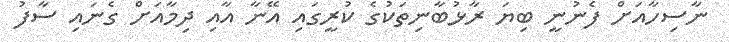
ނާސިހާއަށް ފެނުނީ ބިޔަ ރާޅުބާނިތަކުގެ ކުރީގައި އޭނާ އާއި ދިމާއަށް ގެނައި ސާފު